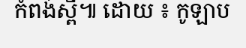
កំពង់ស្ពឺ៕ ដោយ ៖ កូឡាប